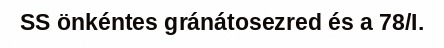
SS önkéntes gránátosezred és a 78/I.